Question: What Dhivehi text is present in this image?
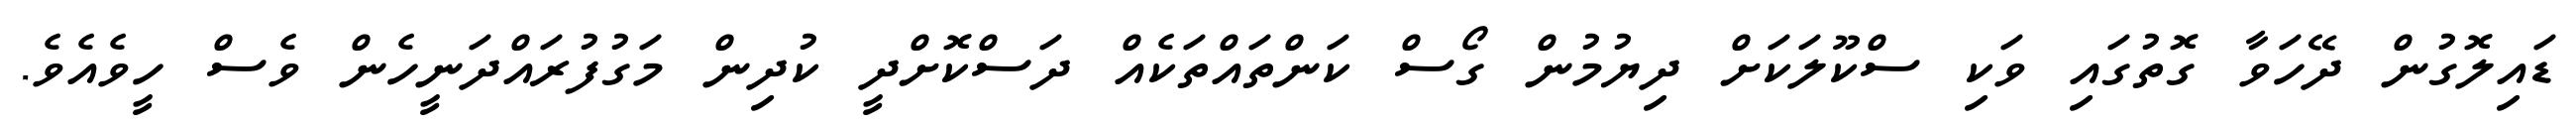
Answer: ޑައިލޮގުން ދޭހަވާ ގޮތުގައި ވަކި ސްކޫލަކަށް ދިޔުމުން ގޯސް ކަންތައްތަކެއް ދަސްކޮށްދީ ކުދިން މަގުފުރައްދަނީހެން ވެސް ހީވެއެވެ.